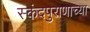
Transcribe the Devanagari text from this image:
स्कंदपुराणाच्या